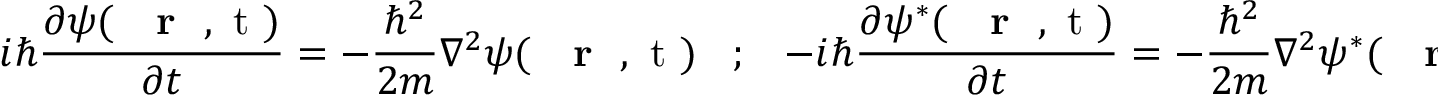
i \hbar \frac { \partial \psi ( \mathrm { ~ { ~ \bf ~ r ~ } ~ , ~ t ~ } ) } { \partial t } = - \frac { \hbar ^ { 2 } } { 2 m } \nabla ^ { 2 } \psi ( \mathrm { ~ { ~ \bf ~ r ~ } ~ , ~ t ~ } ) \; \; \; ; \; \; \; - i \hbar \frac { \partial \psi ^ { * } ( \mathrm { ~ { ~ \bf ~ r ~ } ~ , ~ t ~ } ) } { \partial t } = - \frac { \hbar ^ { 2 } } { 2 m } \nabla ^ { 2 } \psi ^ { * } ( \mathrm { ~ { ~ \bf ~ r ~ } ~ , ~ t ~ } ) \; .